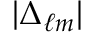
| \Delta _ { \ell m } |